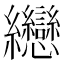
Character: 纞